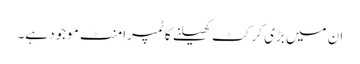
ان میں بڑی کرکٹ کھیلنے کا ٹمپرامنٹ موجود ہے۔